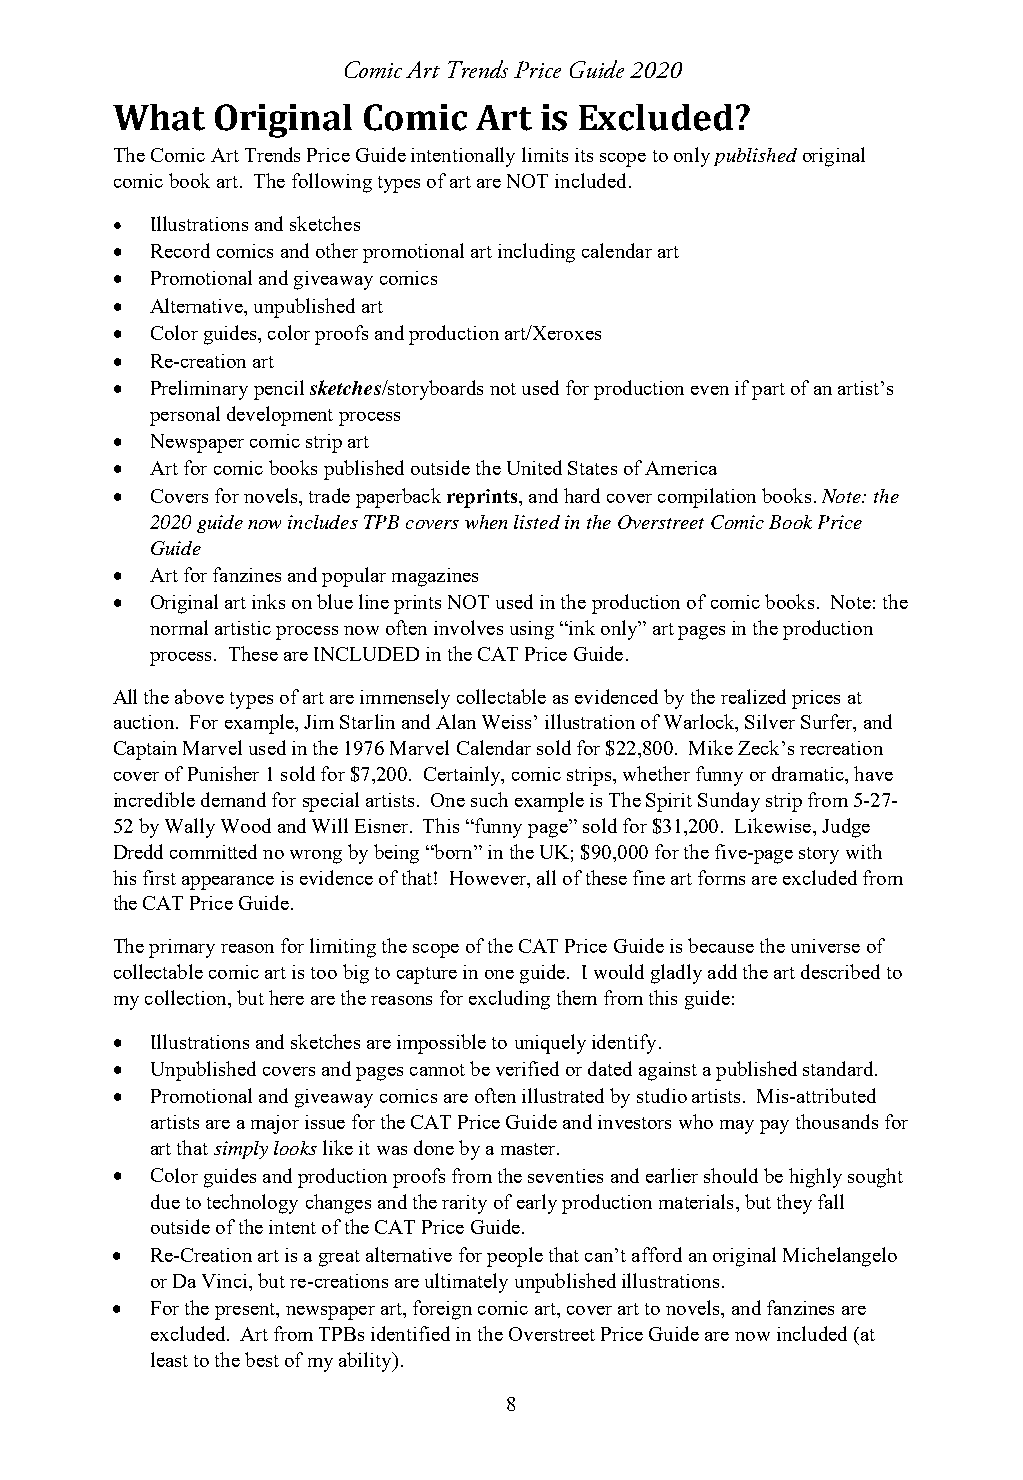
Comic Art Trends Price Guide 2020
 What   Original  Comic  Art  is Excluded?
 The Comic Art Trends Price Guide intentionally limits its scope to only published original
 comic book art. The following types of art are NOT included.
   Illustrations and sketches
   Record comics and other promotional art including calendar art
   Promotional and giveaway comics
   Alternative, unpublished art
   Color guides, color proofs and production art/Xeroxes
   Re-creation art
   Preliminary pencil sketches/storyboards not used for production even if part of an artist’s
 personal development process
   Newspaper comic strip art
   Art for comic books published outside the United States of America
   Covers for novels, trade paperback reprints, and hard cover compilation books. Note: the
 2020 guide now includes TPB covers when listed in the Overstreet Comic Book Price
 Guide
   Art for fanzines and popular magazines
   Original art inks on blue line prints NOT used in the production of comic books. Note: the
 normal artistic process now often involves using “ink only” art pages in the production
 process. These are INCLUDED in the CAT Price Guide.
 All the above types of art are immensely collectable as evidenced by the realized prices at
 auction. For example, Jim Starlin and Alan Weiss’ illustration of Warlock, Silver Surfer, and
 Captain Marvel used in the 1976 Marvel Calendar sold for $22,800. Mike Zeck’s recreation
 cover of Punisher 1 sold for $7,200. Certainly, comic strips, whether funny or dramatic, have
 incredible demand for special artists. One such example is The Spirit Sunday strip from 5-27-
 52 by Wally Wood and Will Eisner. This “funny page” sold for $31,200. Likewise, Judge
 Dredd committed no wrong by being “born” in the UK; $90,000 for the five-page story with
 his first appearance is evidence of that! However, all of these fine art forms are excluded from
 the CAT Price Guide.
 The primary reason for limiting the scope of the CAT Price Guide is because the universe of
 collectable comic art is too big to capture in one guide. I would gladly add the art described to
 my collection, but here are the reasons for excluding them from this guide:
   Illustrations and sketches are impossible to uniquely identify.
   Unpublished covers and pages cannot be verified or dated against a published standard.
   Promotional and giveaway comics are often illustrated by studio artists. Mis-attributed
 artists are a major issue for the CAT Price Guide and investors who may pay thousands for
 art that simply looks like it was done by a master.
   Color guides and production proofs from the seventies and earlier should be highly sought
 due to technology changes and the rarity of early production materials, but they fall
 outside of the intent of the CAT Price Guide.
   Re-Creation art is a great alternative for people that can’t afford an original Michelangelo
 or Da Vinci, but re-creations are ultimately unpublished illustrations.
   For the present, newspaper art, foreign comic art, cover art to novels, and fanzines are
 excluded. Art from TPBs identified in the Overstreet Price Guide are now included (at
 least to the best of my ability).
 8